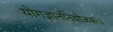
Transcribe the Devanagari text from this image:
योगज्ञाननियोजकः।